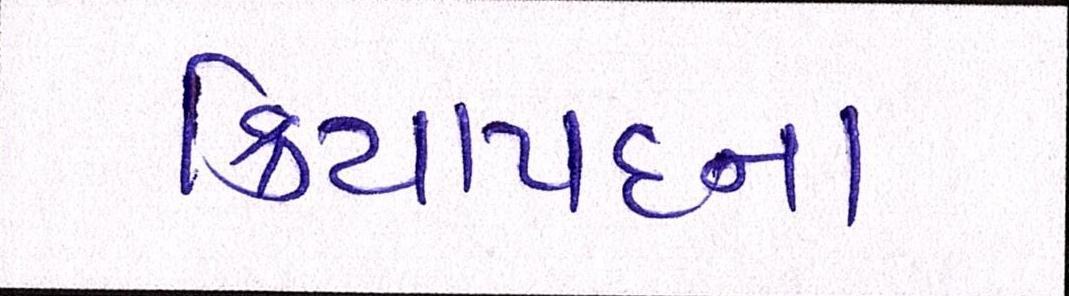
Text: ક્રિયાપદના